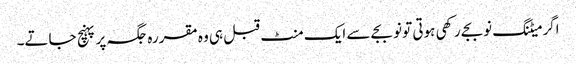
اگر میٹنگ نوبجے رکھی ہوتی تو نو بجے سے ایک منٹ قبل ہی وہ مقررہ جگہ پر پہنچ جاتے۔